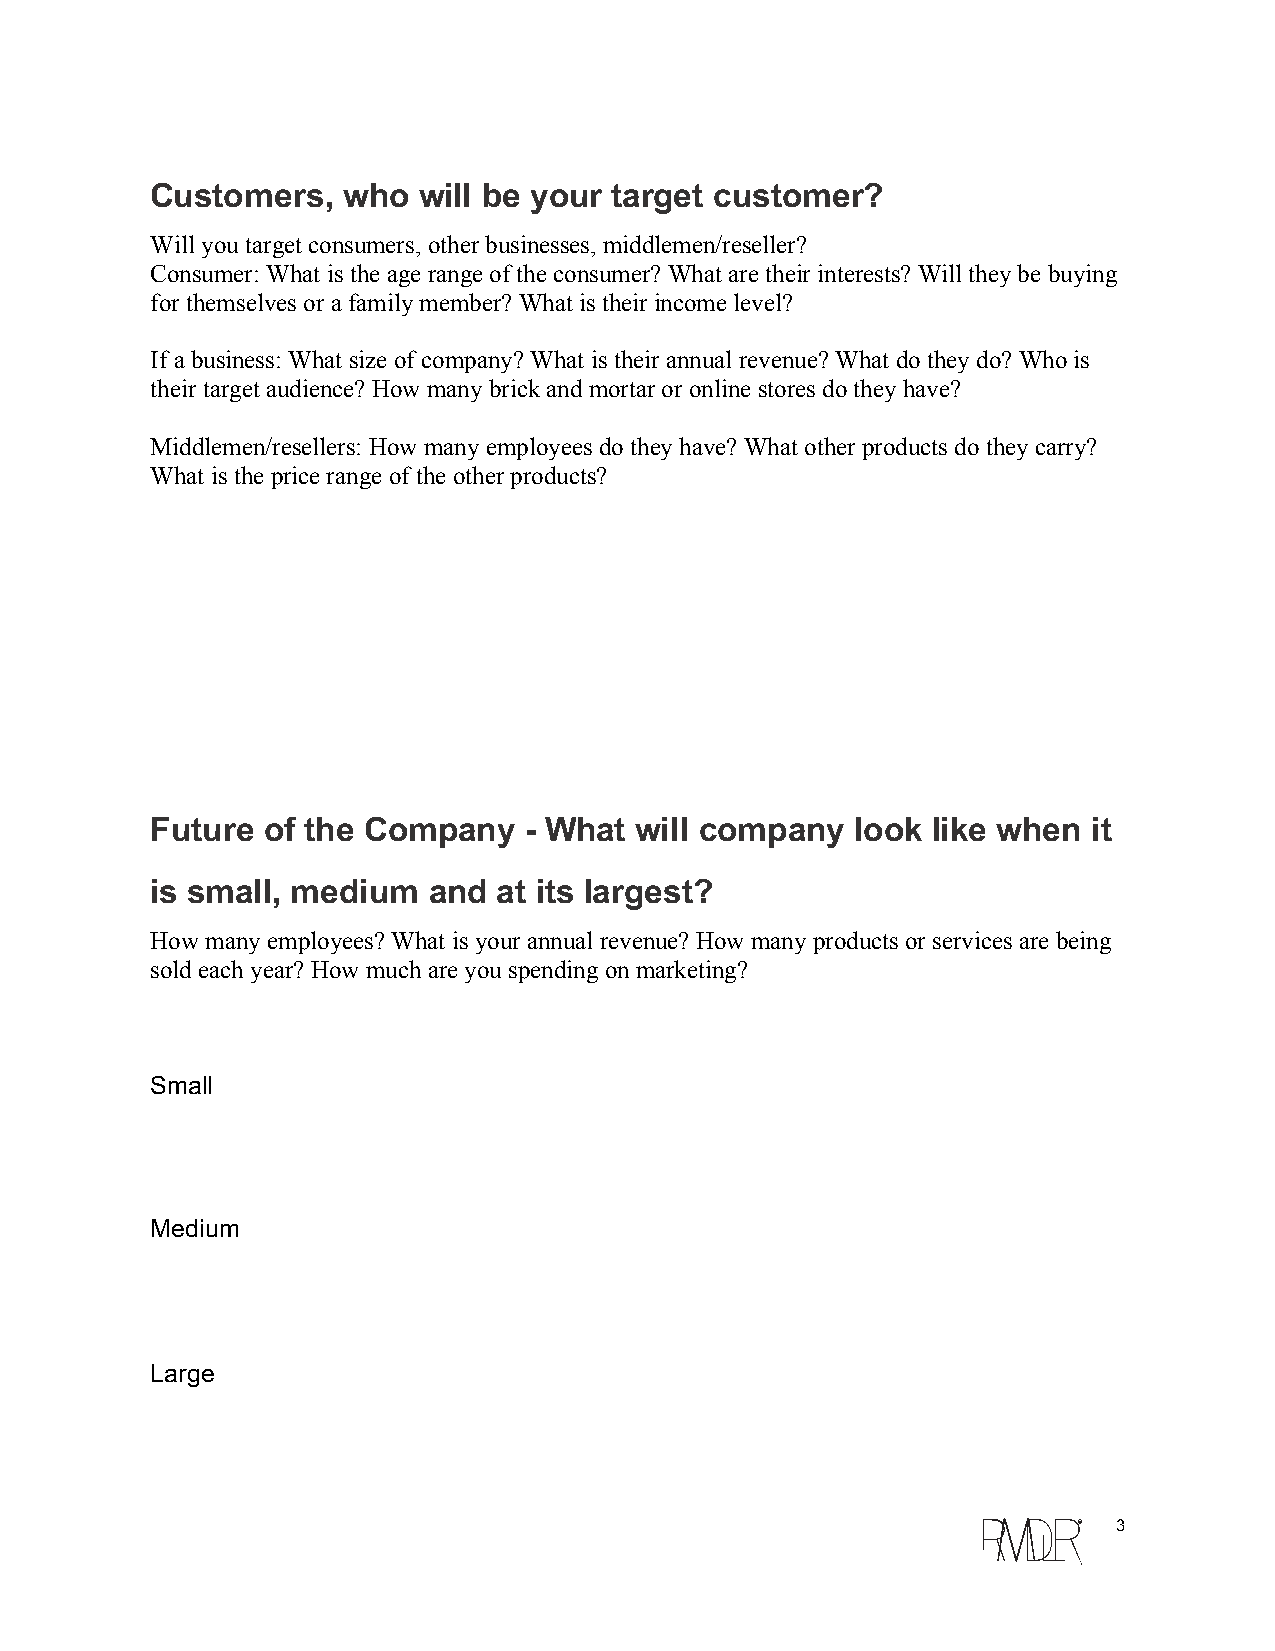
Customers,   who  will be your target customer?
 Will you target consumers, other businesses, middlemen/reseller?
 Consumer: What is the age range of the consumer? What are their interests? Will they be buying
 for themselves or a family member? What is their income level?
 If a business: What size of company? What is their annual revenue? What do they do? Who is
 their target audience? How many brick and mortar or online stores do they have?
 Middlemen/resellers: How many employees do they have? What other products do they carry?
 What is the price range of the other products?
 Future of the Company    -­ What will company  look like when it
 is small, medium  and  at its largest?
 How many employees? What is your annual revenue? How many products or services are being
 sold each year? How much are you spending on marketing?
 Small
 Medium
 Large
 c  3